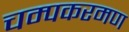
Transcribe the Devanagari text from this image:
चम्पकरमण